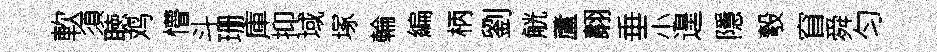
軟須聴鸡懵斗珊庫抑域塚輪編柄劉觥蘆翿垂小遑隱彀窅舜匀